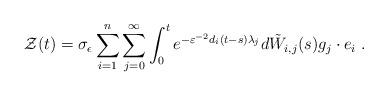
LaTeX: \begin{align*}\mathcal{Z}(t)=\sigma _{\epsilon }\sum_{i=1}^{n}\sum_{j=0}^{\infty}\int_{0}^{t}e^{-\varepsilon ^{-2}d_{i}(t-s)\lambda _{j}}d\tilde{W}_{i,j}(s)g_{j} \cdot e_{i}\;. \end{align*}